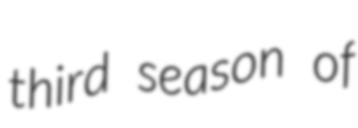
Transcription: third season of